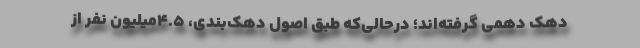
دهک دهمی گرفته‌اند؛ درحالی‌که طبق اصول دهک‌بندی، ۴.۵میلیون نفر از